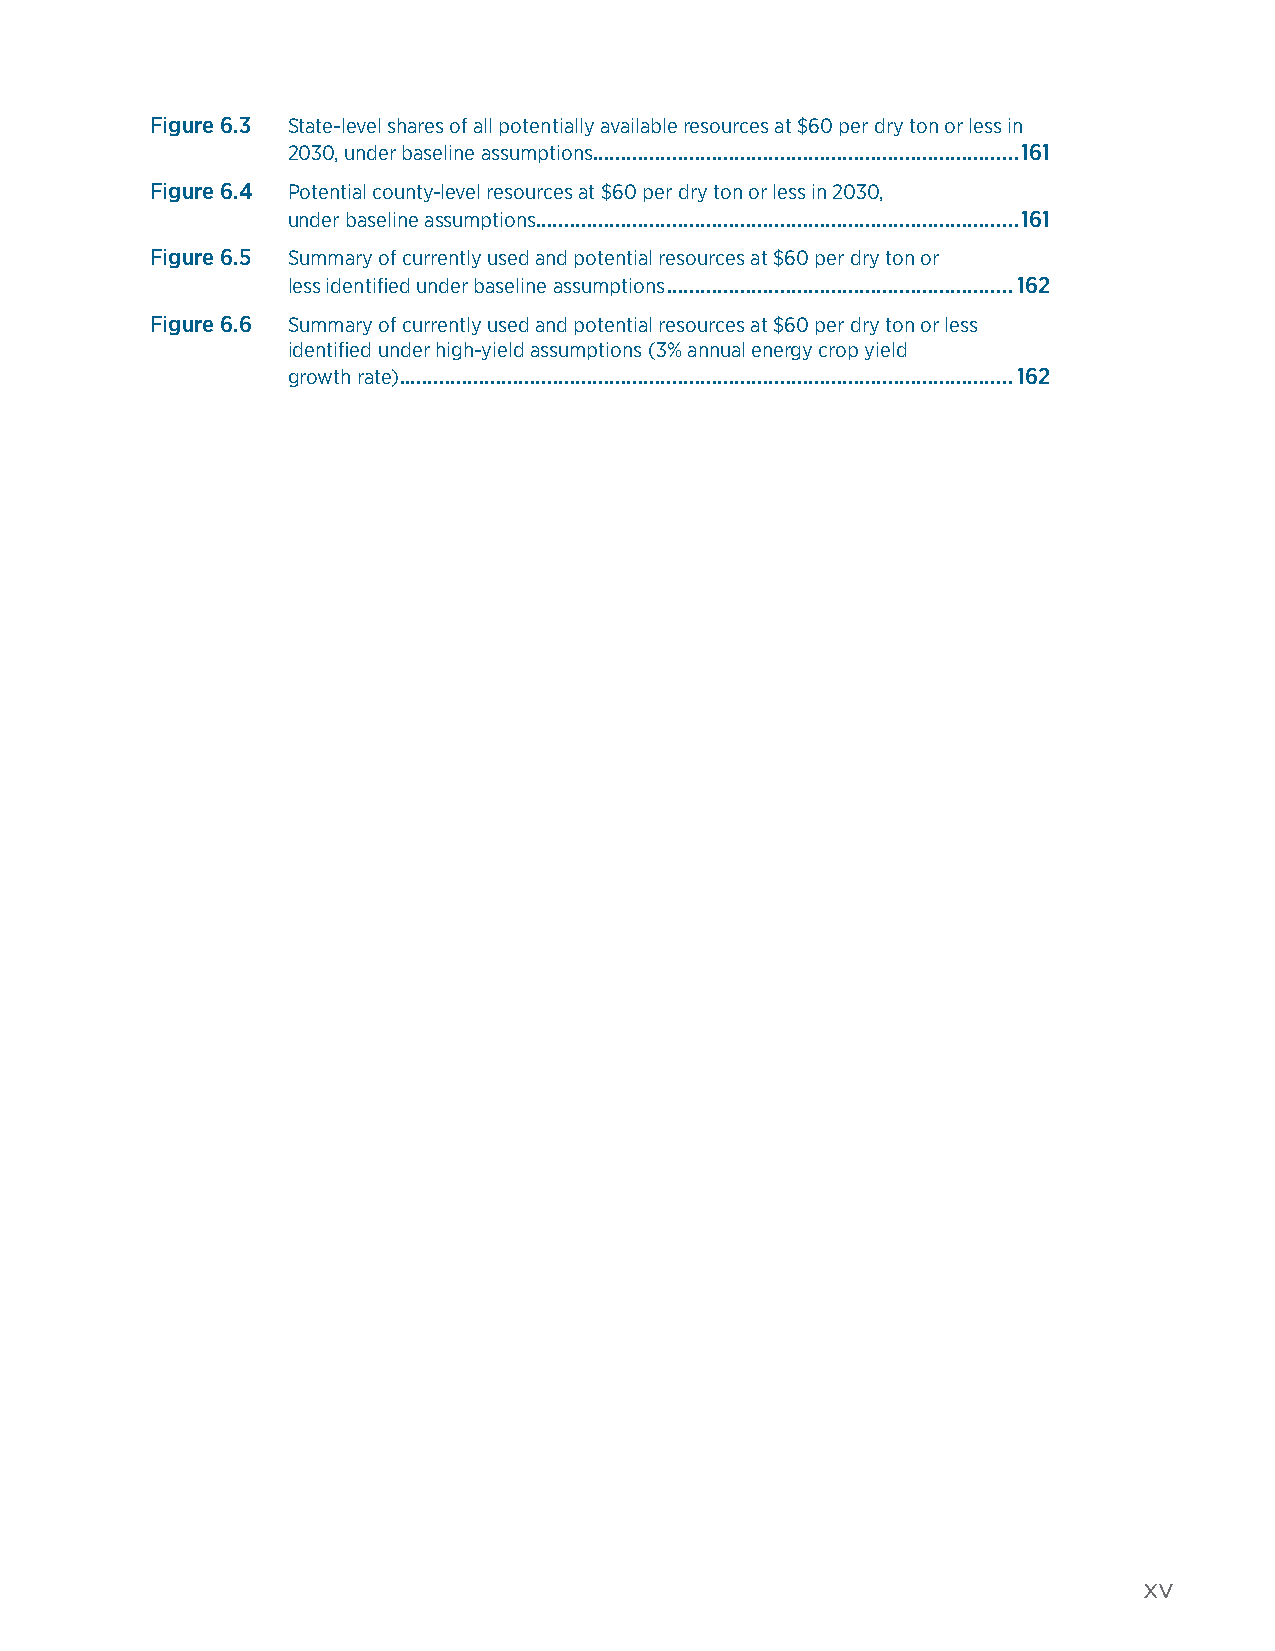
Figure 6.3 State-level shares of all potentially available resources at $60 per dry ton or less in
 2030, under baseline assumptions ...........................................................................161
 Figure 6.4 Potential county-level resources at $60 per dry ton or less in 2030,
 under baseline assumptions .....................................................................................161
 Figure 6.5 Summary of currently used and potential resources at $60 per dry ton or
 less identified under baseline assumptions .............................................................162
 Figure 6.6 Summary of currently used and potential resources at $60 per dry ton or less
 identified under high-yield assumptions (3% annual energy crop yield
 growth rate) ............................................................................................................162
 xv